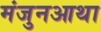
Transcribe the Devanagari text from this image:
मंजुनआथा